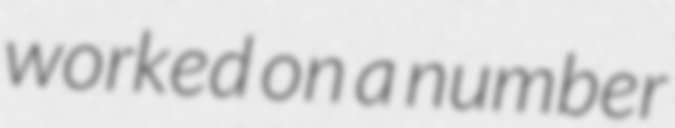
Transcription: worked on a number